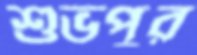
শুভপুর